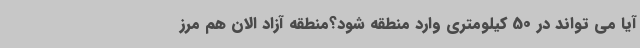
آیا می تواند در 50 کیلومتری وارد منطقه شود؟منطقه آزاد الان هم مرز